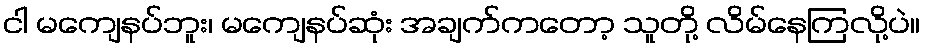
ငါ မကျေနပ်ဘူး၊ မကျေနပ်ဆုံး အချက်ကတော့ သူတို့ လိမ်နေကြလို့ပဲ။